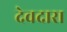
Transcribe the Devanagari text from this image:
देवदारा